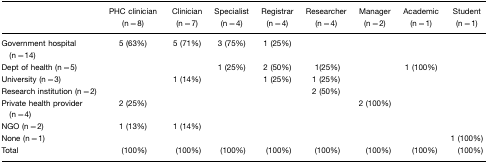
|  | PHC clinician (n=8) | Clinician (n=7) | Specialist (n=4) | Registrar (n=4) | Researcher (n=4) | Manager (n=2) | Academic (n=1) | Student (n=1) |
 | --- | --- | --- | --- | --- | --- | --- | --- | --- |
 | Government hospital (n=14) | 5 (63%) | 5 (71%) | 3 (75%) | 1 (25%) |  |  |  |  |
 | Dept of health (n=5) |  |  | 1 (25%) | 2 (50%) | 1(25%) |  | 1 (100%) |  |
 | University (n=3) |  | 1 (14%) |  | 1 (25%) | 1 (25%) |  |  |  |
 | Research institution (n=2) |  |  |  |  | 2 (50%) |  |  |  |
 | Private health provider (n=4) | 2 (25%) |  |  |  |  | 2 (100%) |  |  |
 | NGO (n=2) | 1 (13%) | 1 (14%) |  |  |  |  |  |  |
 | None (n=1) |  |  |  |  |  |  |  | 1 (100%) |
 | Total | (100%) | (100%) | (100%) | (100%) | (100%) | (100%) | (100%) | (100%) |